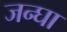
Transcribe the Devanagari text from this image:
जन्घा